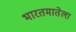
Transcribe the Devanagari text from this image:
भारतमातेला